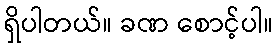
ရှိပါတယ်။ ခဏ စောင့်ပါ။